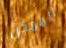
الممكن